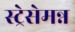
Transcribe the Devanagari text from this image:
स्ट्रेसेमन्न